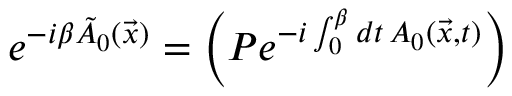
e ^ { - i \beta \tilde { A } _ { 0 } ( \vec { x } ) } = \left( P e ^ { - i \int _ { 0 } ^ { \beta } d t \, A _ { 0 } ( \vec { x } , t ) } \right)